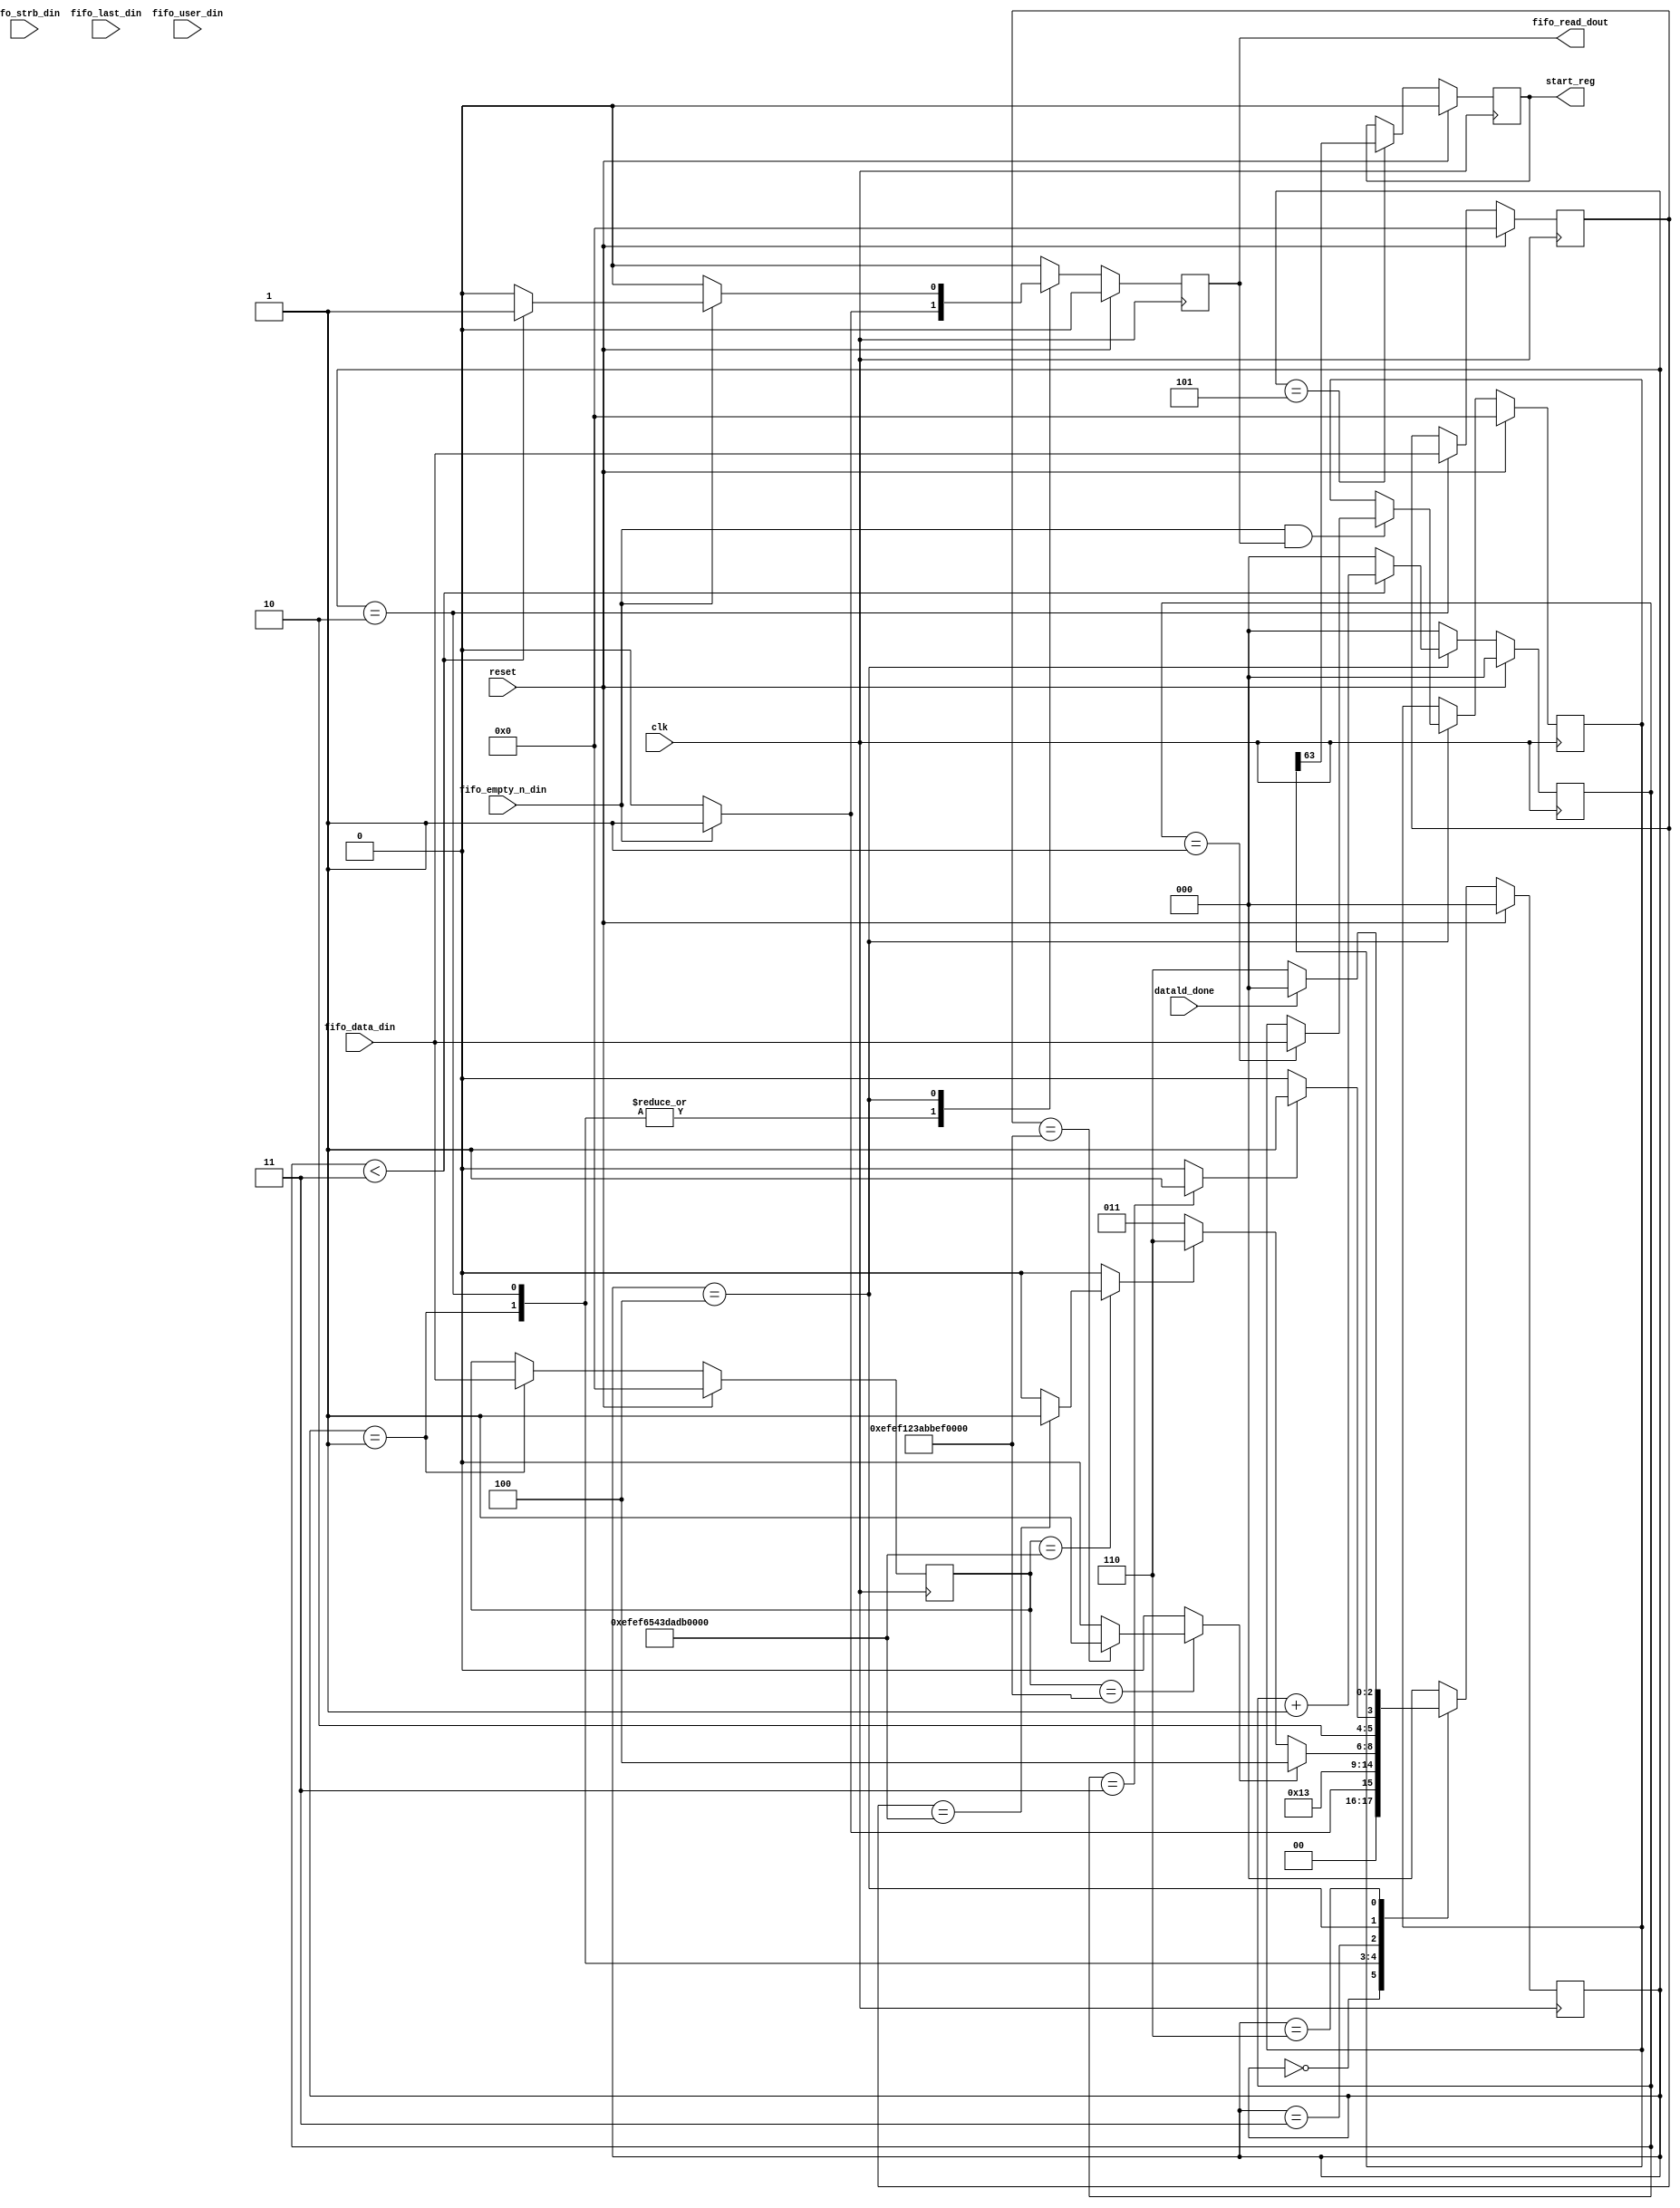
// ============================================================================
// Designer : Yi_Yuan Chen
// Create   : 2022.09.28
// Ver      : 1.0
// Func     : get instruction or data from dram axi access. use sequence 64 bits data
// 			send before instruction
// 		"efef123abbeeff22" : for instruction
// 		"efef6543dadaff11" : for data 
// ============================================================================



module get_ins (
	clk ,
	reset ,

	fifo_data_din	,
	fifo_strb_din	,
	fifo_last_din	,
	fifo_user_din	,
	fifo_empty_n_din	,
	fifo_read_dout		,

	datald_done	,
	start_reg

);
	
localparam IDLE 		= 3'd0 ;
localparam CH00 		= 3'd1 ;
localparam CH01 		= 3'd2 ;
localparam CHEK 		= 3'd3 ;
localparam INST 		= 3'd4 ;
localparam INST_END		= 3'd5 ;
localparam DATA			= 3'd6 ;


	localparam TBITS = 64 ;
	localparam TBYTE = 8 ;

input wire datald_done	;

input	wire 				clk		;
input	wire 				reset	;
input	wire [TBITS-1: 0 ]	fifo_data_din		;
input	wire [TBYTE-1: 0 ]	fifo_strb_din		;
input	wire 				fifo_last_din		;
input	wire 				fifo_user_din		;
input	wire 				fifo_empty_n_din	;
output	reg 				fifo_read_dout		;

output wire start_reg ;

localparam INST_HEAD = 64'hefef123abbeeff22 ;
localparam DATA_HEAD = 64'hefef6543dadaff11 ;

reg [ 3-1 : 0 ] current_state ;
reg [ 3-1 : 0 ] next_state ;


reg [TBITS-1: 0 ] ck_reg_0 ;
reg [TBITS-1: 0 ] ck_reg_1 ;





//---- state reg ----
reg str_start ;

reg [ 64-1 : 0 ] instr_code00 ;
reg [ 64-1 : 0 ] instr_code01 ;
reg [ 64-1 : 0 ] instr_code02 ;


//-------------------
reg instr_start ;
reg datald_start ;

reg instr_done	;

reg [2:0] ins_cnt ;


assign start_reg = str_start  ;


always@( posedge clk)begin
	if( reset )begin
		str_start <= 1'd0 ;
	end
	else begin
		str_start <= (current_state == INST_END ) ? instr_code00[ 63 -:1 ] : str_start ;
	end
end

always @(*) begin
	instr_done = (ins_cnt == 'd3 ) ? 1'd1 : 1'd0 ;
end

always @(*) begin
	instr_start= (ck_reg_0 == INST_HEAD ) ? (ck_reg_1 == INST_HEAD ) ? 1'd1 : 1'd0   : 1'd0 ;
	datald_start= (ck_reg_0 == DATA_HEAD ) ? (ck_reg_1 == DATA_HEAD ) ? 1'd1 : 1'd0   : 1'd0 ;
end


always@( posedge clk )begin
	if( reset )begin
		current_state <= IDLE ;
	end
	else begin
		current_state <= next_state ;
	end
end


always@( * )begin
	case( current_state )
		IDLE		: next_state = ( fifo_empty_n_din   ) ? CH00 : IDLE ;
		CH00		: next_state =	CH01 ;
		CH01		: next_state =	CHEK ;
		CHEK		: next_state =  ( instr_start ) ? INST : 
								( datald_start ) ? DATA : CHEK;
		INST		: next_state = (instr_done ) ? INST_END : INST ;
		INST_END	: next_state =  IDLE  ;
		DATA		: next_state = (datald_done ) ? IDLE : DATA ;
		default : next_state = IDLE ;
	endcase	
end		

always @(posedge clk ) begin
	if( reset )begin
		fifo_read_dout <= 1'd0 ;
	end
	else begin
		case(current_state)
			CH00 : fifo_read_dout <= ( fifo_empty_n_din   ) ? 1'd1 : 1'd0 ;
			CH01 : fifo_read_dout <= ( fifo_empty_n_din   ) ? 1'd1 : 1'd0 ;
			INST : fifo_read_dout <= ( fifo_empty_n_din   ) ? (ins_cnt <3) ? 1'd1 : 1'd0 : 1'd0 ;
			default : fifo_read_dout <= 1'd0 ;
		endcase
	end
end

always @(posedge clk ) begin
	if (reset) begin
		ck_reg_0 <= 64'd0 ;
		ck_reg_1 <= 64'd0 ;
	end
	else begin
		case (current_state)
			CH00: begin
				ck_reg_0 <= fifo_data_din ;
			end
			CH01:begin
				ck_reg_1 <= fifo_data_din ;
			end
			default: begin
				ck_reg_0 <= ck_reg_0 ;
				ck_reg_1 <= ck_reg_1 ;
			end
		endcase
	end
end

always@( posedge clk )begin
	if( reset )begin
		ins_cnt <= 'd0 ;
	end
	else begin
		if( current_state == INST)begin
			if( ins_cnt <3 )begin
				ins_cnt <= ins_cnt + 'd1 ;
			end
			else begin
				ins_cnt <= 'd0 ;
			end
		end
		else begin
			ins_cnt <= 'd0 ;
		end

	end
end	



always @(posedge clk ) begin
	if (reset) begin
		instr_code00 <= 64'd0;
		instr_code01 <= 64'd0;
		instr_code02 <= 64'd0;
	end
	else begin
		if( current_state == INST)begin
			if (fifo_empty_n_din && fifo_read_dout) begin
				instr_code00 <= ( ins_cnt == 3'd1 )? fifo_data_din : instr_code00 ;
				instr_code01 <= ( ins_cnt == 3'd2 )? fifo_data_din : instr_code01 ;
				instr_code02 <= ( ins_cnt == 3'd3 )? fifo_data_din : instr_code02 ;
			end
			else begin
				instr_code00 <= instr_code00 ;
				instr_code01 <= instr_code01 ;
				instr_code02 <= instr_code02 ;
			end
		end
		else begin
			instr_code00 <= instr_code00 ;
			instr_code01 <= instr_code01 ;
			instr_code02 <= instr_code02 ;
		end
	end
end

endmodule